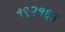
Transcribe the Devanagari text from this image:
१९२१६३